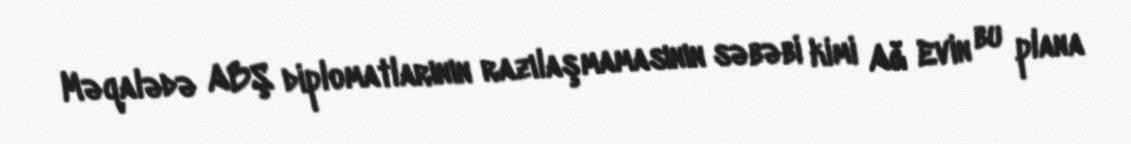
Məqalədə ABŞ diplomatlarının razılaşmamasının səbəbi kimi Ağ Evin bu plana